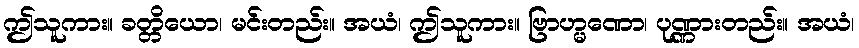
ဤသူကား။ ခတ္တိယော၊ မင်းတည်း။ အယံ၊ ဤသူကား။ ဗြာဟ္မဏော၊ ပုဏ္ဏားတည်း။ အယံ၊